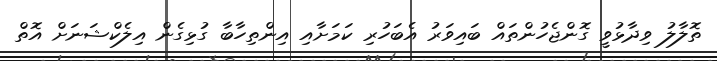
ތޮލާލު ވިދާޅުވީ ގޮންޖެހުންތައް ބައިވަރު އެބަހުރި ކަމަށާއި އިންތިހާބާ ގުޅިގެން އިލެކްޝަނަށް އޮތް